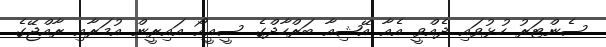
ސެންޓަރު ހުޅުވައި ދެއްވީ އެއާ އޭޝިއާ ބަރްހާދްގެ ސީއީއޯ އައިރީން އުމަރާއި ރާއްޖޭގެ